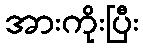
အားကိုးပြီး